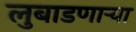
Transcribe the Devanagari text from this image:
लुबाडणाऱ्या